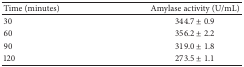
| Time (minutes) | Amylase activity (U/mL) |
 | --- | --- |
 | 30 | 344.7 ± 0.9 |
 | 60 | 356.2 ± 2.2 |
 | 90 | 319.0 ± 1.8 |
 | 120 | 273.5 ± 1.1 |